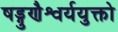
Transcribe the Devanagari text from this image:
षड्गुणैश्वर्ययुक्तो